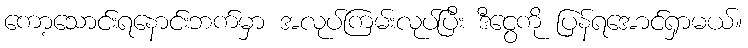
ကော့သောင်းရနောင်းဘက်မှာ အလုပ်ကြမ်းလုပ်ပြီး ဒီငွေကို ပြန်ရအောင်ရှာမယ်။